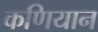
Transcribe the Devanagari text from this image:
कणियान